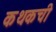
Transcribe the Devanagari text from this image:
कथकची